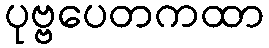
ပုဗ္ဗပေတကထာ